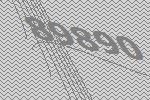
89890